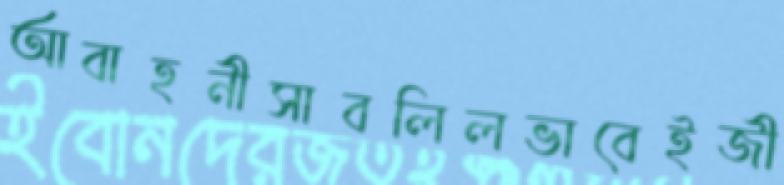
আবাহনীসাবলিলভাবেইজী